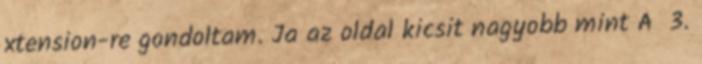
xtension-re gondoltam. Ja az oldal kicsit nagyobb mint A 3.